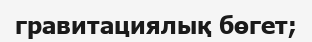
гравитациялық бөгет;